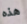
هذه